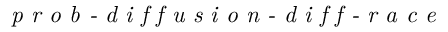
\textit { p r o b - d i f f u s i o n - d i f f - r a c e }